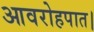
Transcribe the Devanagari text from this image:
आवरोहपात।